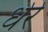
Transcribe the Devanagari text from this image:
धेरे